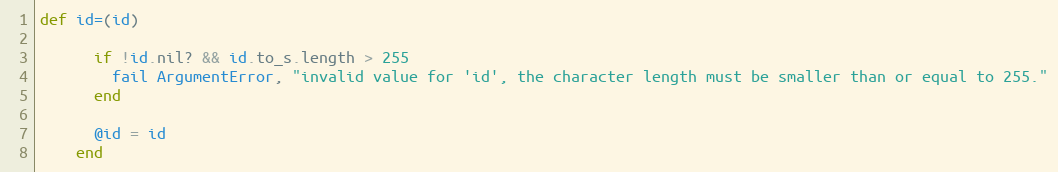
Language: Ruby
def id=(id)

      if !id.nil? && id.to_s.length > 255
        fail ArgumentError, "invalid value for 'id', the character length must be smaller than or equal to 255."
      end

      @id = id
    end